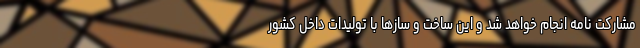
مشارکت نامه انجام خواهد شد و این ساخت و سازها با تولیدات داخل کشور